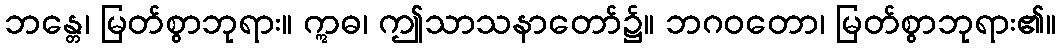
ဘန္တေ၊ မြတ်စွာဘုရား။ ဣဓ၊ ဤသာသနာတော်၌။ ဘဂဝတော၊ မြတ်စွာဘုရား၏။